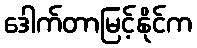
ဒေါက်တာမြင့်နိုင်က